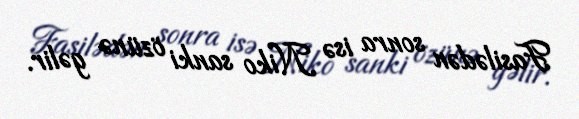
Fasilədən sonra isə Niko sanki özünə gəlir.